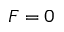
F = 0